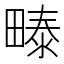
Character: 𰣏